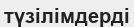
түзілімдерді